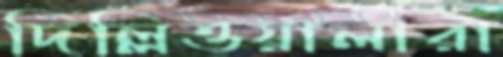
দিল্লিওয়ালারা